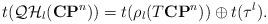
LaTeX: \begin{align*}t({\cal QH}_l({\bf CP}^n))=t(\rho_l(T{\bf CP}^n))\oplus t({\tau^l}).\end{align*}